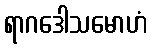
ရာဂဒေါသမောဟံ